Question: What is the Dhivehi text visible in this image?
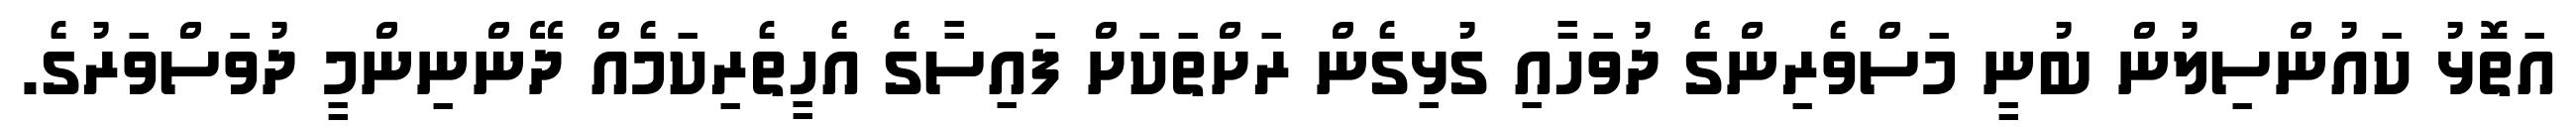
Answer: އަތޮޅު ކައުންސިލުން ބުނީ މަސްވެރިންގެ ދުވަހާއި ގުޅިގެން ރަށްތަކަށް ފައިސާގެ އެހީތެރިކަމެއް ދޭންނިންމީ ދުވަސްވަރުގެ.